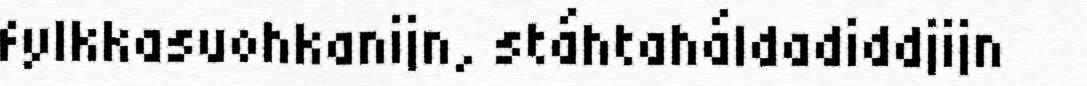
fylkkasuohkanijn, stáhtaháldadiddjijn